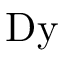
\mathrm { D y }